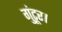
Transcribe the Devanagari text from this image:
गुंटूर।